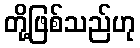
တို့ဖြစ်သည်ဟု